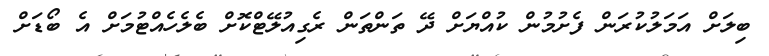
ބިލަށް އަމަލުކުރަން ފެށުމުން ކުއްޔަށް ދޭ ތަންތަން ރެގިއުލޭޓްކޮށް ބެލެހެއްޓުމަށް އެ ބޯޑަށް